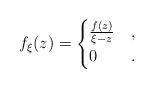
LaTeX: \begin{align*}f_\xi(z) = \begin{cases}\frac{f(z)}{\xi - z} & ,\\0 & .\end{cases}\end{align*}